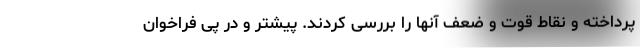
پرداخته و نقاط قوت و ضعف آنها را بررسی کردند. پیشتر و در پی فراخوان